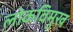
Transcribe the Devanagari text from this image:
लोकविमुख